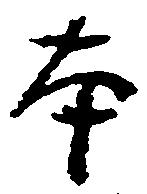
本